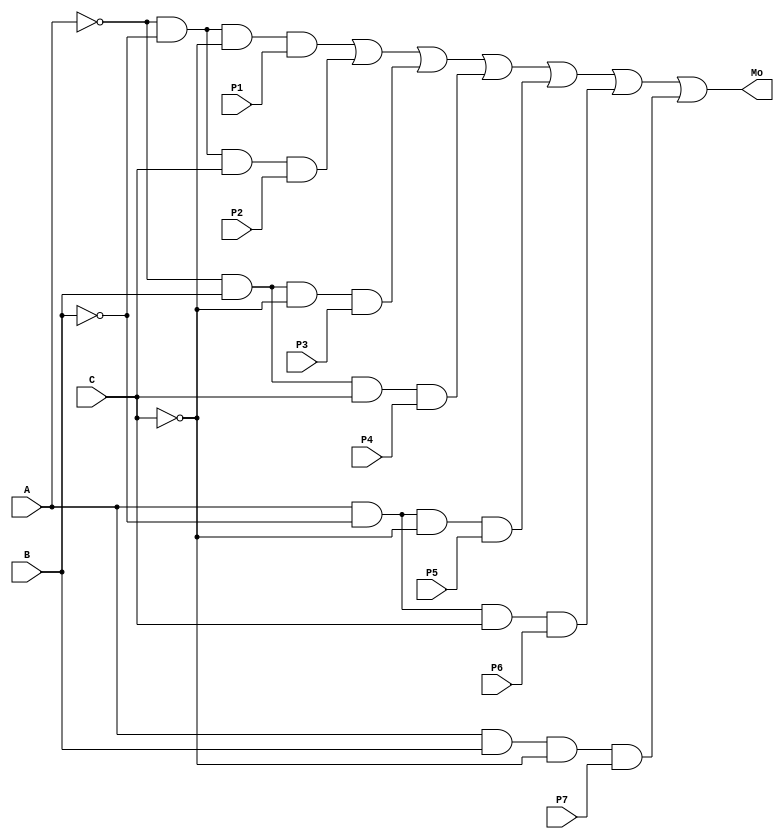
/*
 * Generated by Digital. Don't modify this file!
 * Any changes will be lost if this file is regenerated.
 */

module multi (
  input A,
  input B,
  input C,
  input P1,
  input P2,
  input P3,
  input P4,
  input P5,
  input P6,
  input P7,
  output Mo
);
  assign Mo = ((~ A & ~ B & ~ C & P1) | (~ A & ~ B & C & P2) | (~ A & B & ~ C & P3) | (~ A & B & C & P4) | (A & ~ B & ~ C & P5) | (A & ~ B & C & P6) | (A & B & ~ C & P7));
endmodule